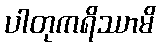
ပါတုကရိဿာမိ